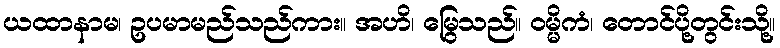
ယထာနာမ၊ ဥပမာမည်သည်ကား။ အဟိ၊ မြွေသည်။ ဝမ္မိကံ၊ တောင်ပို့တွင်းသို့။